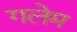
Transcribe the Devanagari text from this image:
गलेम